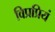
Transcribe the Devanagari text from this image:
विप्रप्रियं